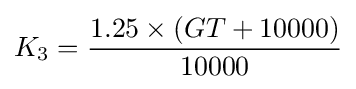
K_{3}={\frac {1.25\times (GT+10000)}{10000}}